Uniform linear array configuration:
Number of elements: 24
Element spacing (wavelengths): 0.25
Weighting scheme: uniform
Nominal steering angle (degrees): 60
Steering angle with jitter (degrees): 61.536
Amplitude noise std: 0.05
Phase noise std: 0.05

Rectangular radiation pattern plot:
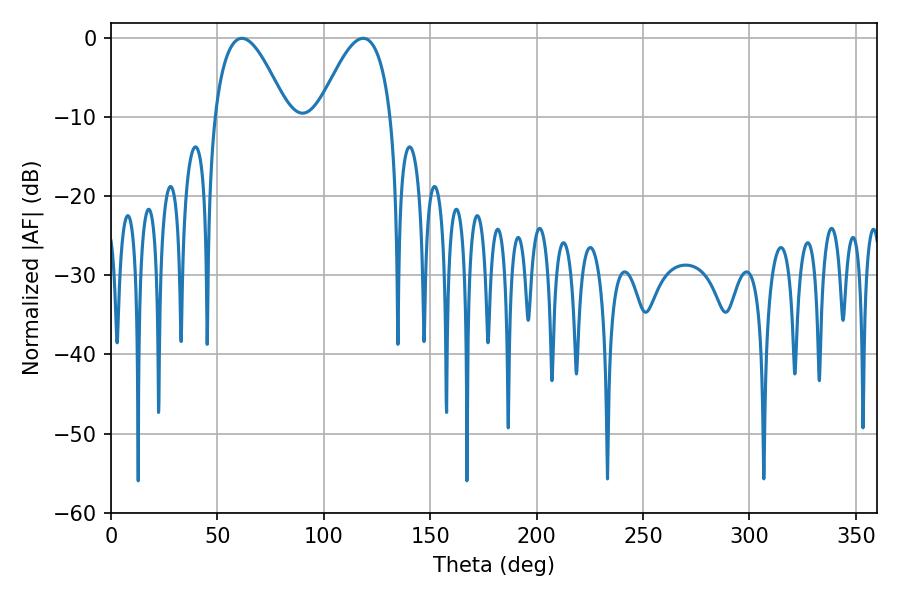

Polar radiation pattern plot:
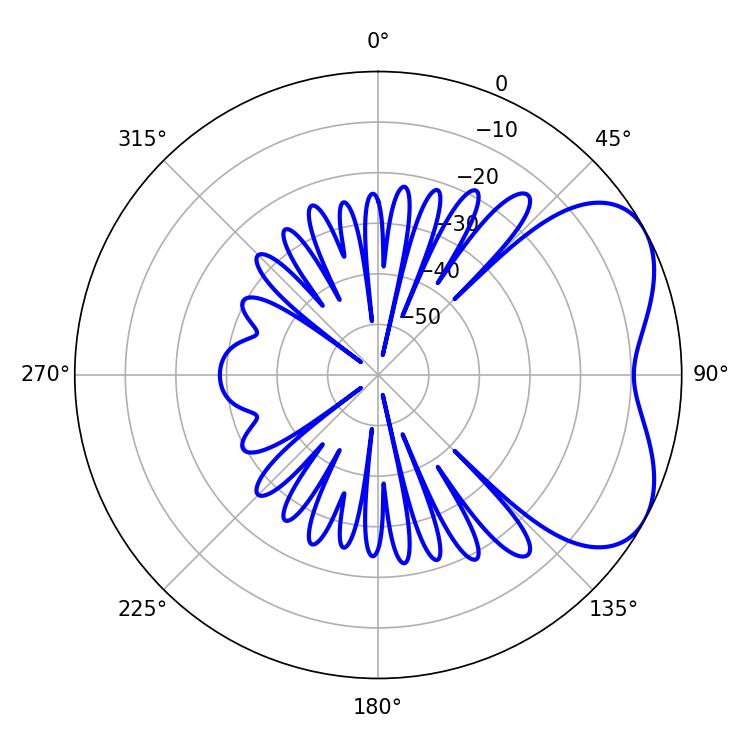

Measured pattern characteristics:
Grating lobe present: FALSE
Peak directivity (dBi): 4.88
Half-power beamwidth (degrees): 18.72
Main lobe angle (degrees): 61.56